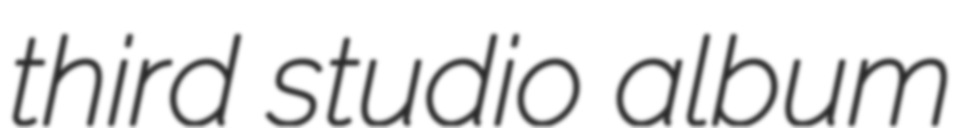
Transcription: third studio album